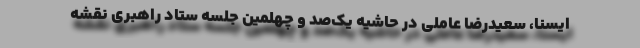
ایسنا، سعیدرضا عاملی در حاشیه یک‌صد و چهلمین جلسه ستاد راهبری نقشه